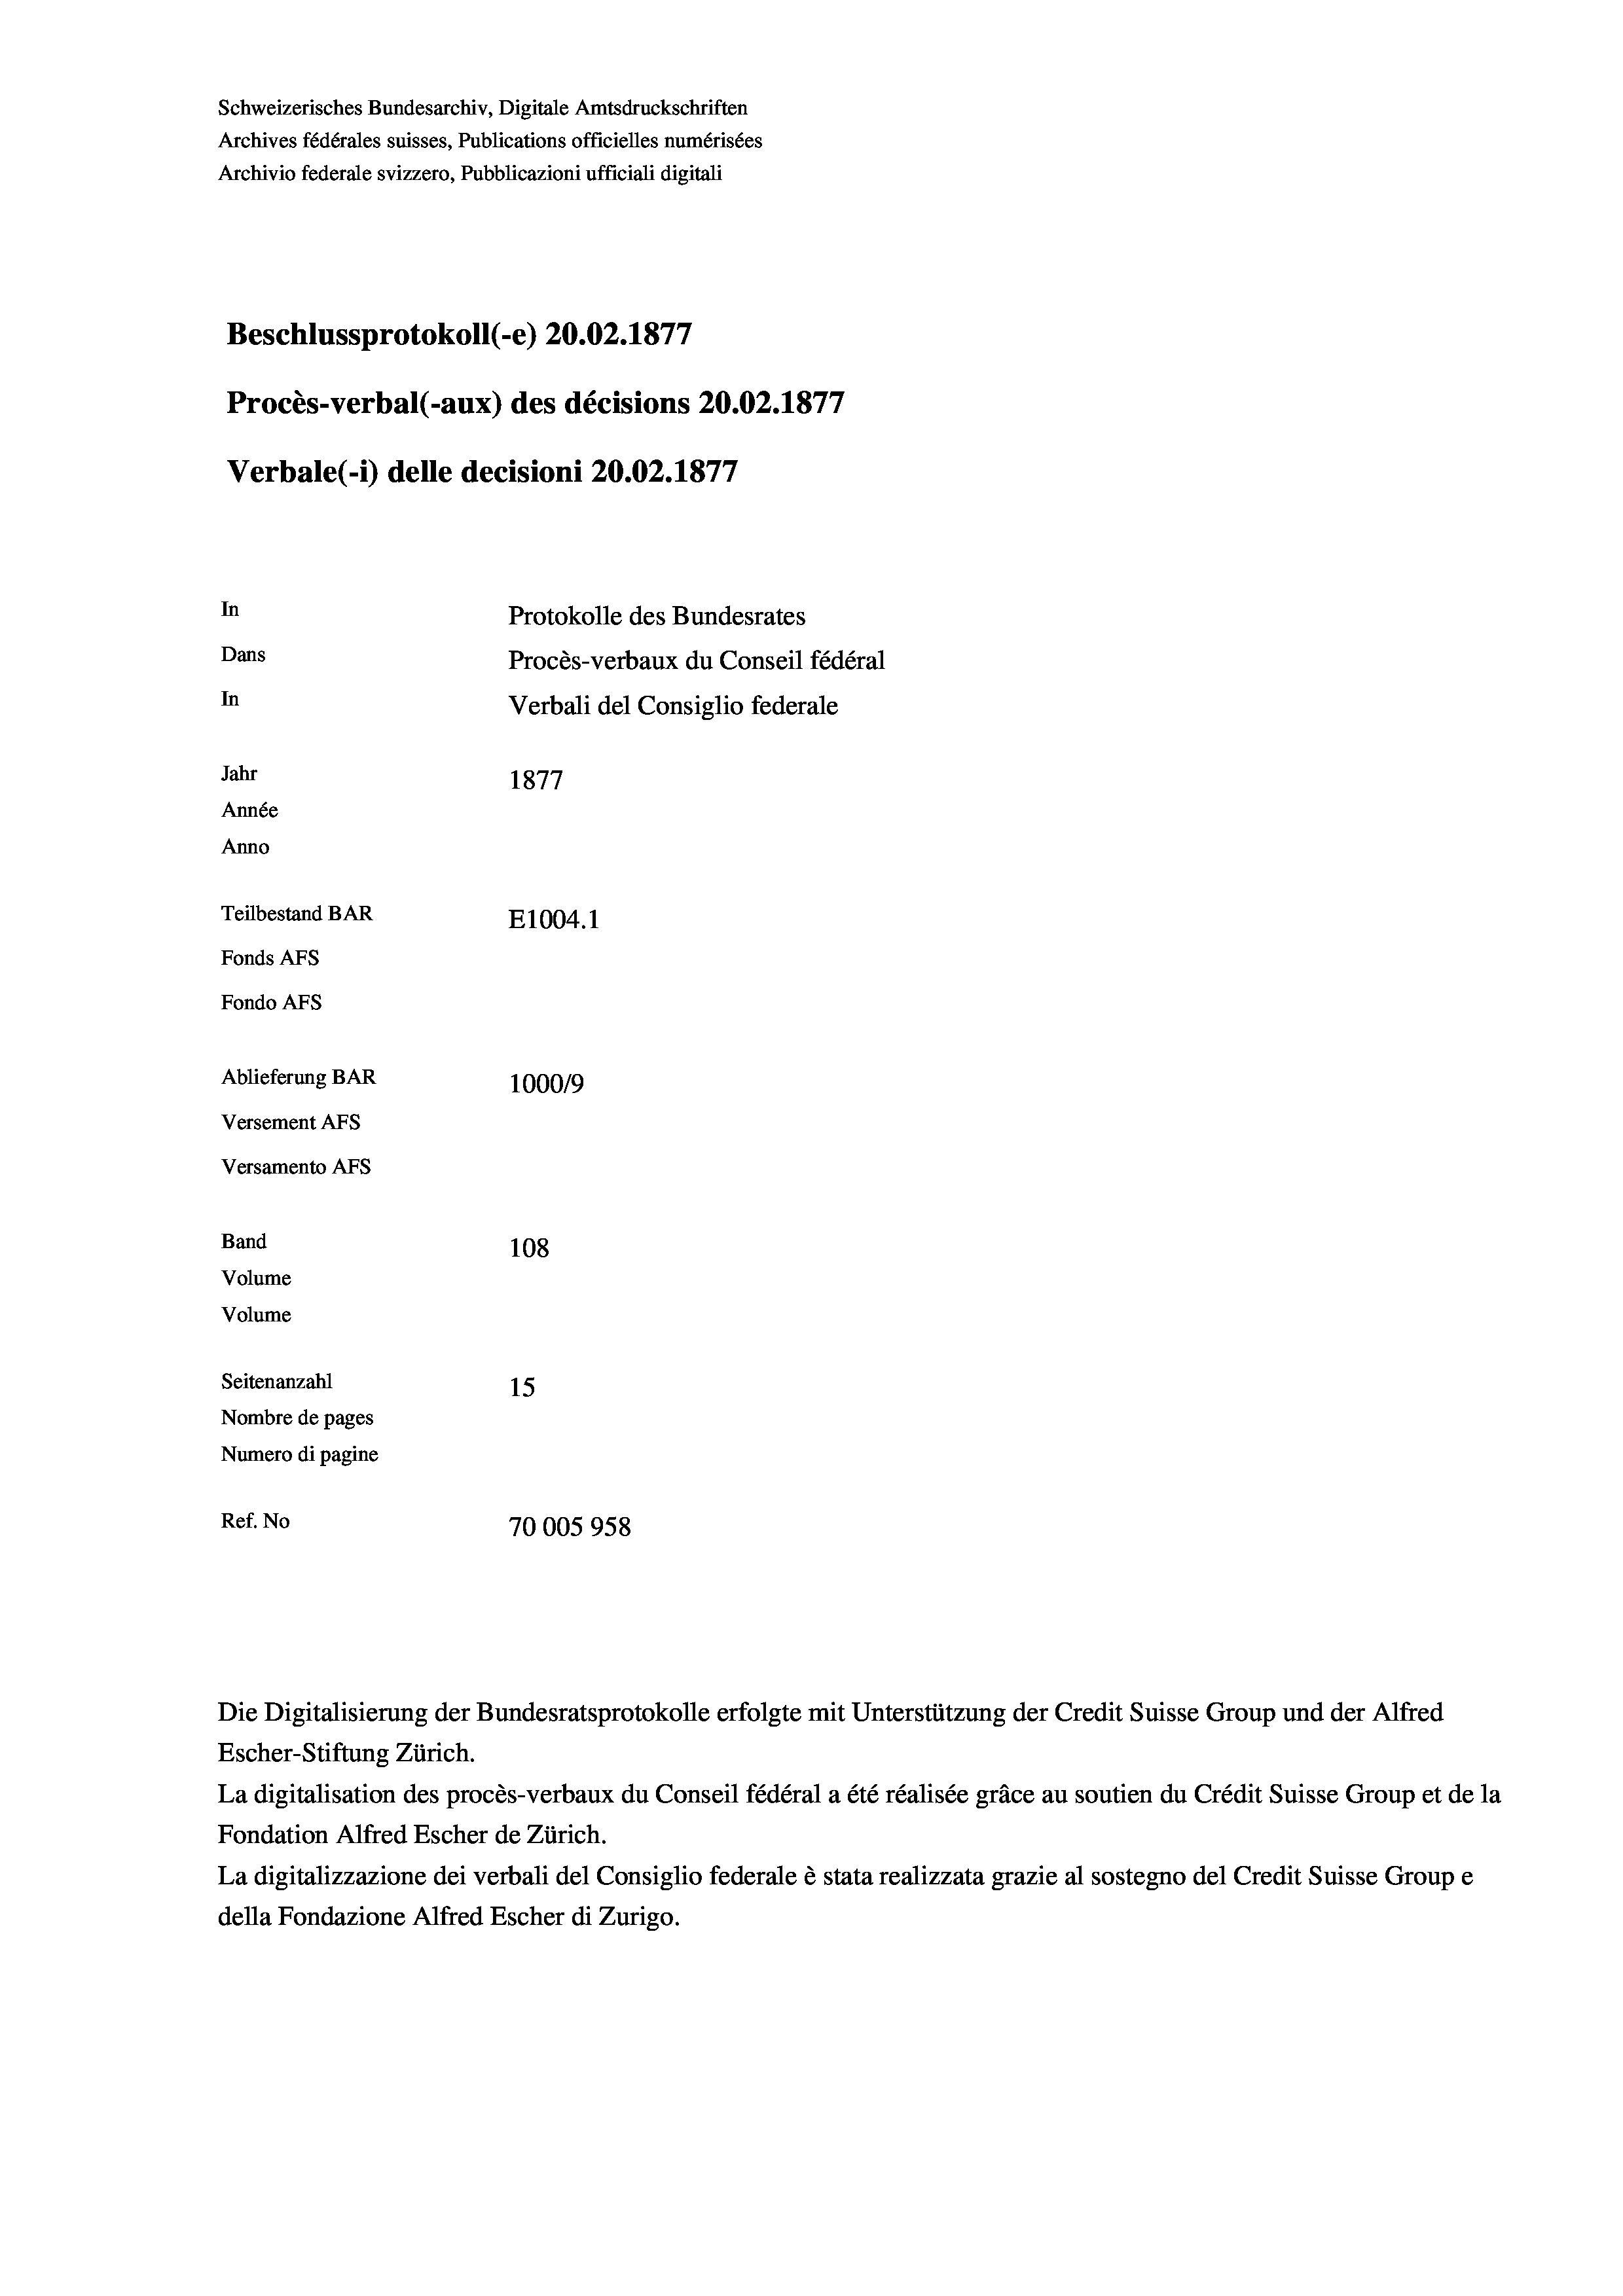
Schweizerisches Bundesarchiv, Digitale Amtsdruckschriften
Archives fédérales suisses, Publications officielles numérisées
Archivio federale svizzero, Pubblicazioni ufficiali digitali
Beschlussprotokoll (-e) 20.02. 1877
e
Procès-verbal (-aux) des décisions 20.02.187;
Verbale (- 1) delle decisioni 20.02. 1877
In
Protokolle des Bundesrates
Dans
Procès-verbaux du Conseil fédéral
In
Verbali del Consiglio federale
Jahr
1877
Année
Anno
Teilbestand BAR
E1004. 1
Fonds AFs
Fondo AFs
Ablieferung BAR
1000/9
Versement Abs
Versamento AFs
Band
108
Volume
Volume
Seitenanzahl
15
Nombre de pages
Numero di pagine
Ref. No
70005958

Die Digitalisierung der Bundesratsprotokolle erfolgte mit Unterstützung der Credit Suisse Group und der Alfred

Escher-Stiftung Zürich.
La digitalisation des procès-verbaux du Conseil fédéral a été réalisée gräce au soutien du Crédit Suisse Group et de la
Fondation Alfred Escher de Zürich.
La digitalizzazione dei verbali del Consiglio federale è stata realizzata grazie al sostegno del Credit Suisse Groupe
della Fondazione Alfred Escher di Zurigo.